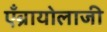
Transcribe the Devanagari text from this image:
एँब्रायोलाजी